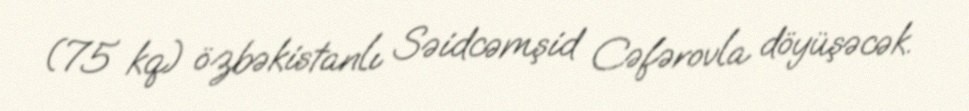
(75 kq) özbəkistanlı Səidcəmşid Cəfərovla döyüşəcək.